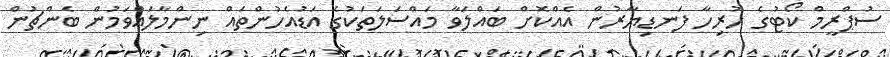
ސުޕްރީމް ކޯޓުގެ ހުރިހާ ފަނޑިޔާރުން އެއްކޮށް ބައްލަވާ މައްސަލަތަކުގެ އަޑުއެހުންތައް ނިންމާލައްވަމުން ބެންޗުން